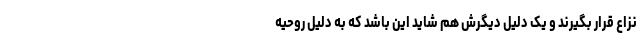
نزاع قرار بگیرند و یک دلیل دیگرش هم شاید این باشد که به دلیل روحیه